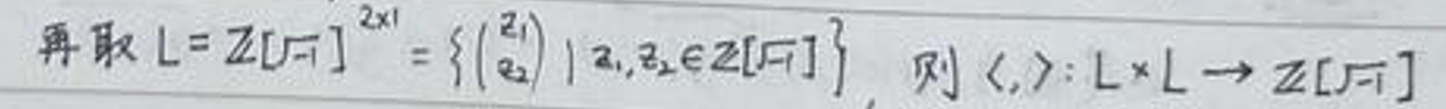
再取 \(L = \mathbb{Z}[\sqrt{-1}]^{2\times1}=\left\{\begin{pmatrix}z_1\\z_2\end{pmatrix}\mid z_1,z_2\in\mathbb{Z}[\sqrt{-1}]\right\}\), 则 \(\langle,\rangle:L\times L\rightarrow\mathbb{Z}[\sqrt{-1}]\)